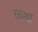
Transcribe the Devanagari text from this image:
व्‍यथा